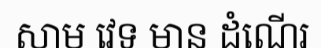
សាម វេទ មាន ដំណើរ